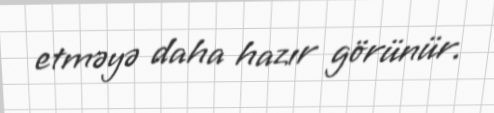
etməyə daha hazır görünür.